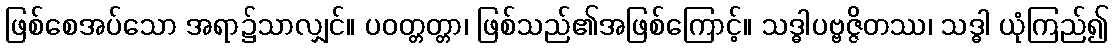
ဖြစ်စေအပ်သော အရာ၌သာလျှင်။ ပဝတ္တတ္တာ၊ ဖြစ်သည်၏အဖြစ်ကြောင့်။ သဒ္ဓါပဗ္ဗဇ္ဇိတဿ၊ သဒ္ဓါ ယုံကြည်၍